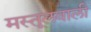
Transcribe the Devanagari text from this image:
मस्तूलवाली